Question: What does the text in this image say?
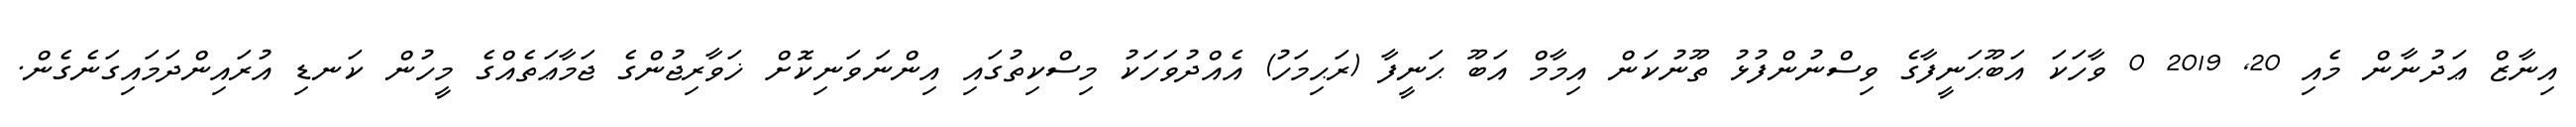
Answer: އިނާޒް ޢަދުނާން މެއި 20, 2019 0 ވާހަކަ އަބޫޙަނީފާގެ ވިސްނުންފުޅު ތޫނުކަން އިމާމް އަބޫ ޙަނީފާ (ރަޙިމަހު) އެއްދުވަހަކު މިސްކިތުގައި އިންނަވަނިކޮށް ޚަވާރިޖުންގެ ޖަމާޢަތެއްގެ މީހުން ކަނޑި އުރައިންދަމައިގަނެގެން.